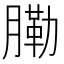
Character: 𦟯